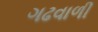
ગઢવાળી